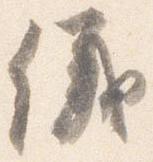
儀